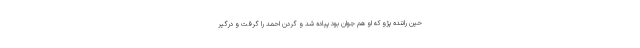
حین راننده پژو که او هم جوان بود پیاده شد و گردن احمد را گرفت و درگیر